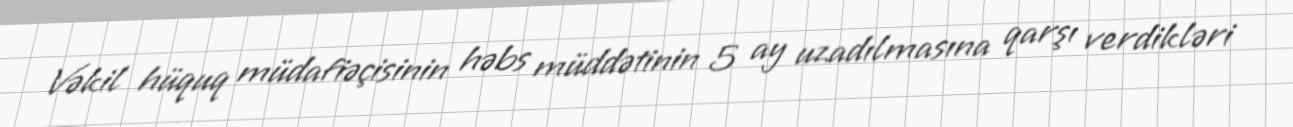
Vəkil hüquq müdafiəçisinin həbs müddətinin 5 ay uzadılmasına qarşı verdikləri